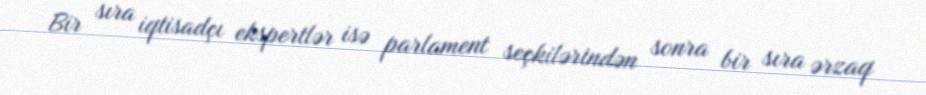
Bir sıra iqtisadçı ekspertlər isə parlament seçkilərindən sonra bir sıra ərzaq